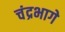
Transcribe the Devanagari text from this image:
चंद्रभागे